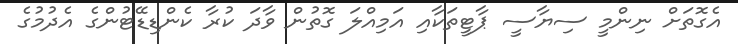
އެގޮތަށް ނިންމީ ސިޔާސީ ޕާޓީތަކާއި އަމިއްލަ ގޮތުން ވާދަ ކުރާ ކެންޑިޑޭޓުންގެ އެދުމުގެ